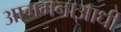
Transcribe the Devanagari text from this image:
आगमनाआधी